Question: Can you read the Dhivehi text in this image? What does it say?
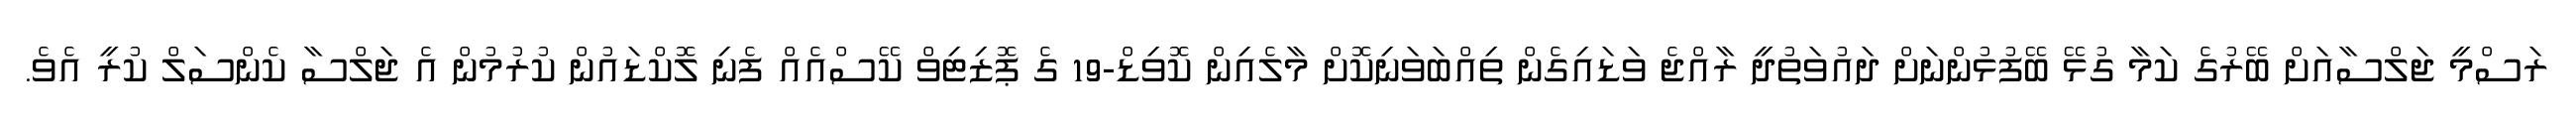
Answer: ރަސްމީ ޖަލްސާއަށް ބޭރުގެ ކަމާ ގުޅޭ ބޭފުޅުންނަށް ދައުވަތުދީ ރާއްޖެ ވަޑައިގެން ތިއްބަވަނިކޮށް މާލެއިން ކޮވިޑް-19 ގެ ޕޮޒިޓިވް ކޭސްއެއް ފެނި ލޮކްޑައުން ކުރުމުން އެ ޖަލްސާ ކެންސަލް ކުރީ އެވެ.